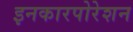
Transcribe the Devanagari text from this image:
इनकारपोरेशन